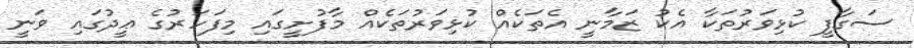
ސަގާފީ ކުޅިވަރުތަކާ އެކު ޒަމާނީ އެތަކެއް ކުޅިވަރުތަކެއް މާފުށީގައި މިފަހަރުގެ ޢީދުގައި ވަނީ